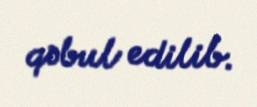
qəbul edilib.